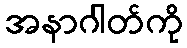
အနာဂါတ်ကို